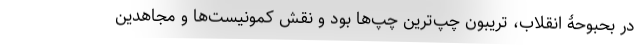
در بحبوحۀ انقلاب، تریبون چپ‌ترین چپ‌ها بود و نقش کمونیست‌ها و مجاهدین